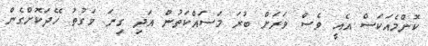
ކޮންމެއަކަސް އެއީ ވެސް ވަރަށް ބުރަ މަސައްކަތުން އަދި ގިނަ ވަގުތު ހޭދަކޮށްގެން